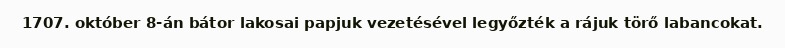
1707. október 8-án bátor lakosai papjuk vezetésével legyőzték a rájuk törő labancokat.